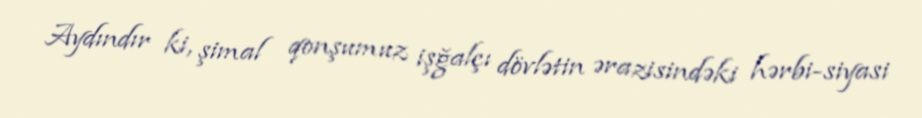
Aydındır ki, şimal qonşumuz işğalçı dövlətin ərazisindəki hərbi-siyasi